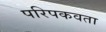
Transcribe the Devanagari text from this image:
परिपकवता